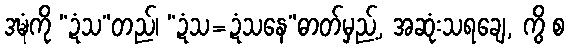
ဒဍ္ဎံကို “ဍံသ”တည်၊ “ဍံသ=ဍံသနေ”ဓာတ်မှည့်, အဆုံးသရချေ, ကွိ စ